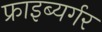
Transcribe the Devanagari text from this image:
फ्राइब्यर्गर